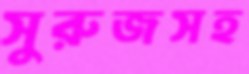
সুরুজসহ